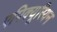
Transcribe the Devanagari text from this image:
एपिक्यूरियन